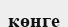
көнге